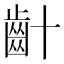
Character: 𪗕